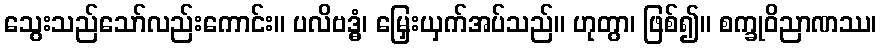
သွေးသည်သော်လည်းကောင်း။ ပလိဗဒ္ဓံ၊ မြှေးယှက်အပ်သည်။ ဟုတွာ၊ ဖြစ်၍။ စက္ခုဝိညာဏဿ၊